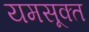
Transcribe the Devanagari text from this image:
यमसूक्त